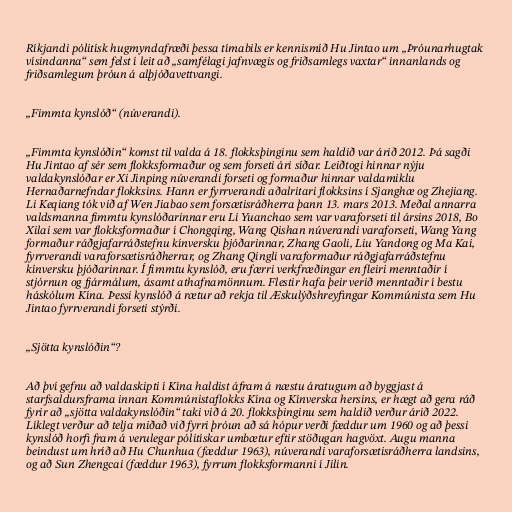
Ríkjandi pólitísk hugmyndafræði þessa tímabils er kennismíð Hu Jintao um „Þróunarhugtak
vísindanna“ sem felst í leit að „samfélagi jafnvægis og friðsamlegs vaxtar“ innanlands og
friðsamlegum þróun á alþjóðavettvangi.

„Fimmta kynslóð“ (núverandi).

„Fimmta kynslóðin“ komst til valda á 18. flokksþinginu sem haldið var árið 2012. Þá sagði
Hu Jintao af sér sem flokksformaður og sem forseti ári síðar. Leiðtogi hinnar nýju
valdakynslóðar er Xi Jinping núverandi forseti og formaður hinnar valdamiklu
Hernaðarnefndar flokksins. Hann er fyrrverandi aðalritari flokksins í Sjanghæ og Zhejiang.
Li Keqiang tók við af Wen Jiabao sem forsætisráðherra þann 13. mars 2013. Meðal annarra
valdsmanna fimmtu kynslóðarinnar eru Li Yuanchao sem var varaforseti til ársins 2018, Bo
Xilai sem var flokksformaður í Chongqing, Wang Qishan núverandi varaforseti, Wang Yang
formaður ráðgjafarráðstefnu kínversku þjóðarinnar, Zhang Gaoli, Liu Yandong og Ma Kai,
fyrrverandi varaforsætisráðherrar, og Zhang Qingli varaformaður ráðgjafarráðstefnu
kínversku þjóðarinnar. Í fimmtu kynslóð, eru færri verkfræðingar en fleiri menntaðir í
stjórnun og fjármálum, ásamt athafnamönnum. Flestir hafa þeir verið menntaðir í bestu
háskólum Kína. Þessi kynslóð á rætur að rekja til Æskulýðshreyfingar Kommúnista sem Hu
Jintao fyrrverandi forseti stýrði.

„Sjötta kynslóðin“?

Að því gefnu að valdaskipti í Kína haldist áfram á næstu áratugum að byggjast á
starfsaldursframa innan Kommúnistaflokks Kína og Kínverska hersins, er hægt að gera ráð
fyrir að „sjötta valdakynslóðin“ taki við á 20. flokksþinginu sem haldið verður árið 2022.
Líklegt verður að telja miðað við fyrri þróun að sá hópur verði fæddur um 1960 og að þessi
kynslóð horfi fram á verulegar pólitískar umbætur eftir stöðugan hagvöxt. Augu manna
beindust um hríð að Hu Chunhua (fæddur 1963), núverandi varaforsætisráðherra landsins,
og að Sun Zhengcai (fæddur 1963), fyrrum flokksformanni í Jilin.